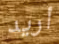
أريد